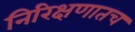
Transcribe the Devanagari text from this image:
निरिक्षणातच